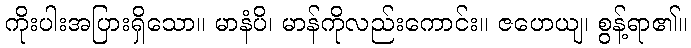
ကိုးပါးအပြားရှိသော။ မာနံပိ၊ မာန်ကိုလည်းကောင်း။ ဇဟေယျ၊ စွန့်ရာ၏။